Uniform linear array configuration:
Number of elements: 64
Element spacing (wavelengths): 0.5
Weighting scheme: exponential
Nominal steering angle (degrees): -45
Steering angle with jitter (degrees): -43.412
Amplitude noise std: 0.05
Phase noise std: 0.05

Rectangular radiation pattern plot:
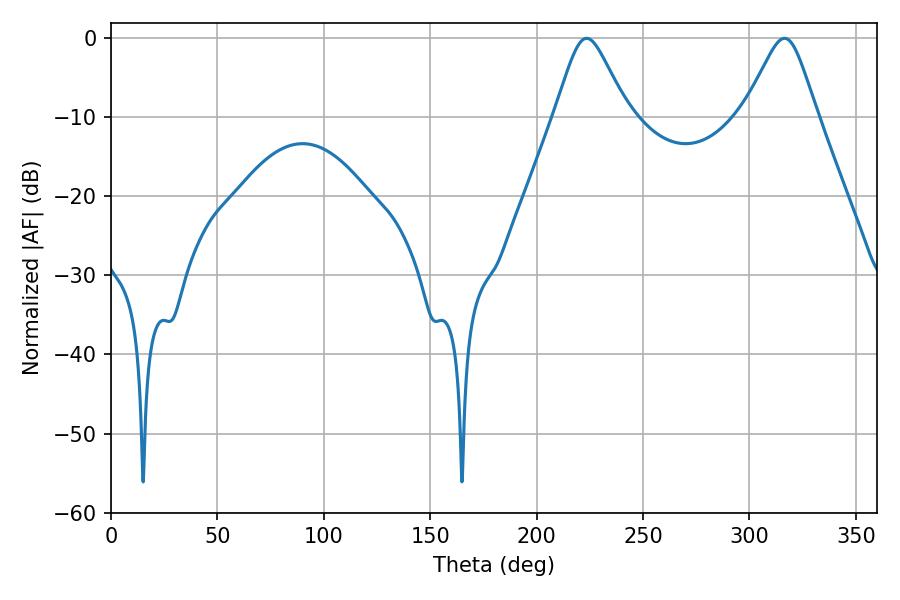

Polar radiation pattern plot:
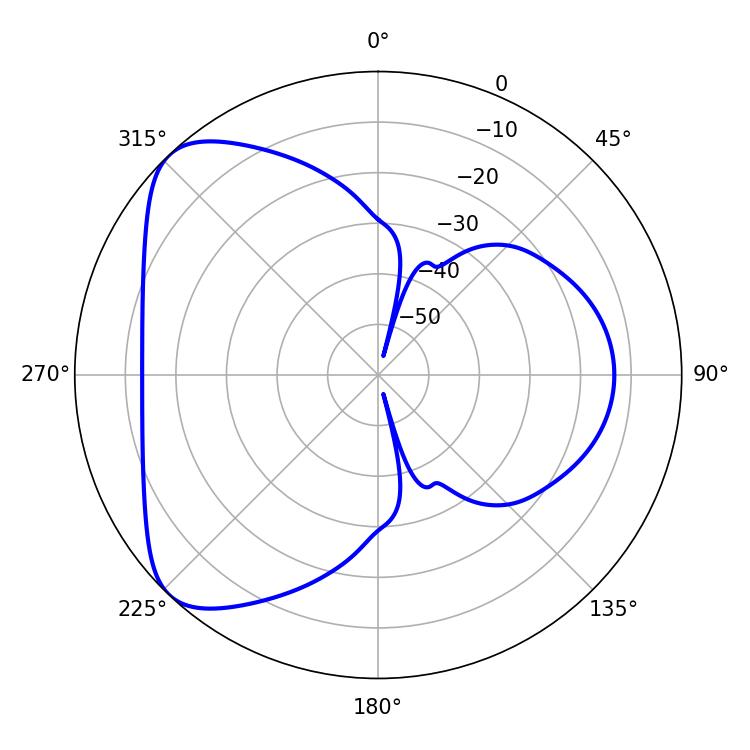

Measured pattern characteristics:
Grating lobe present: FALSE
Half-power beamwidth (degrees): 16.38
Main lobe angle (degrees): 223.56